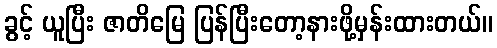
ခွင့် ယူပြီး ဇာတိမြေ ပြန်ပြီးတော့နားဖို့မှန်းထားတယ်။